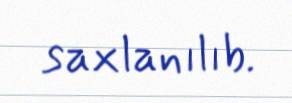
saxlanılıb.